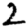
Digit: 2